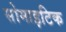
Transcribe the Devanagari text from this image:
सोमाइटिक